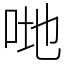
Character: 哋